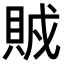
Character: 𧶂